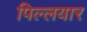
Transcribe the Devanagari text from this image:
पिल्लयार